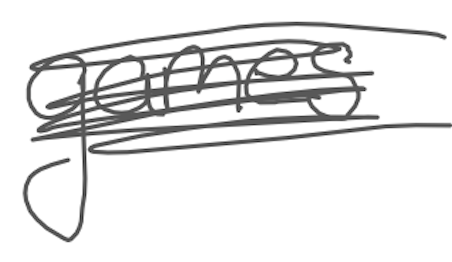
Text: games
Cross-out: scratch
Writing tool: digital_gray